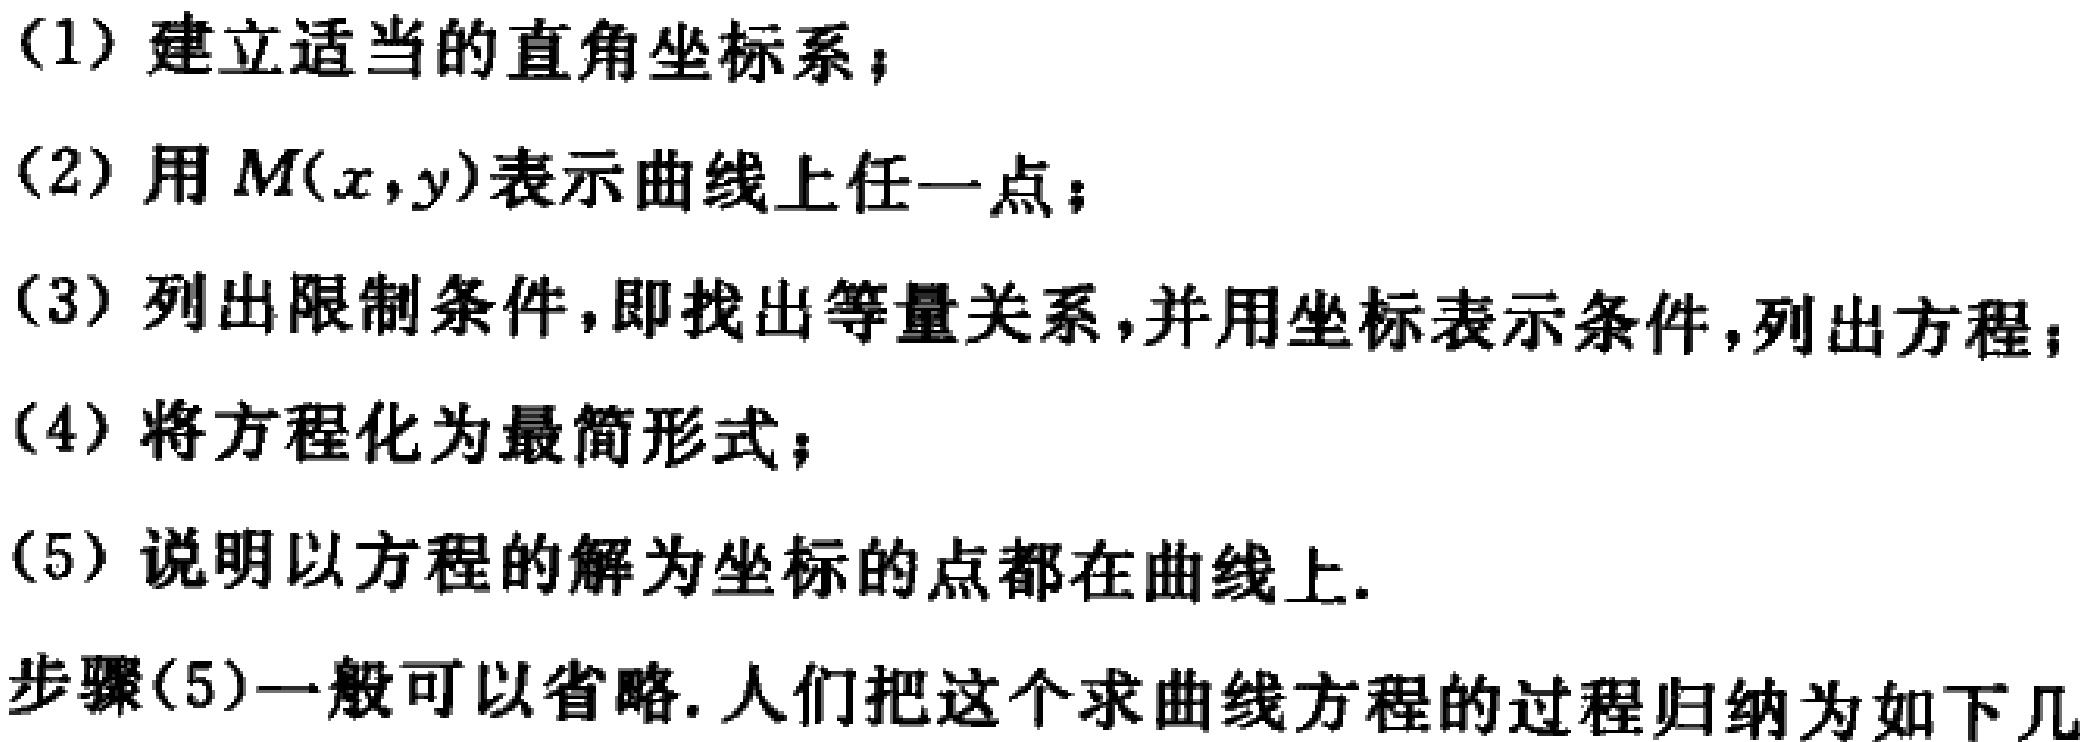
(1) 建立适当的直角坐标系；
(2) 用 \(M(x,y)\)表示曲线上任一点；
(3) 列出限制条件，即找出等量关系，并用坐标表示条件，列出方程；
(4) 将方程化为最简形式；
(5) 说明以方程的解为坐标的点都在曲线上.
步骤(5)一般可以省略. 人们把这个求曲线方程的过程归纳为如下几